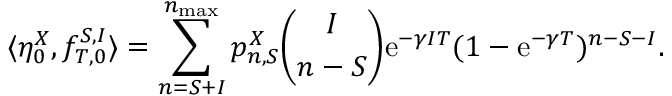
\langle \eta _ { 0 } ^ { X } , f _ { T , 0 } ^ { S , I } \rangle = \sum _ { n = S + I } ^ { n _ { \operatorname* { m a x } } } p _ { n , S } ^ { X } \binom { I } { n - S } \mathrm { e } ^ { - \gamma I T } ( 1 - \mathrm { e } ^ { - \gamma T } ) ^ { n - S - I } .